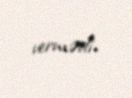
vermədi.